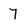
Character: 7